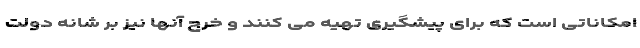
امکاناتی است که برای پیشگیری تهیه می کنند و خرج آنها نیز بر شانه دولت